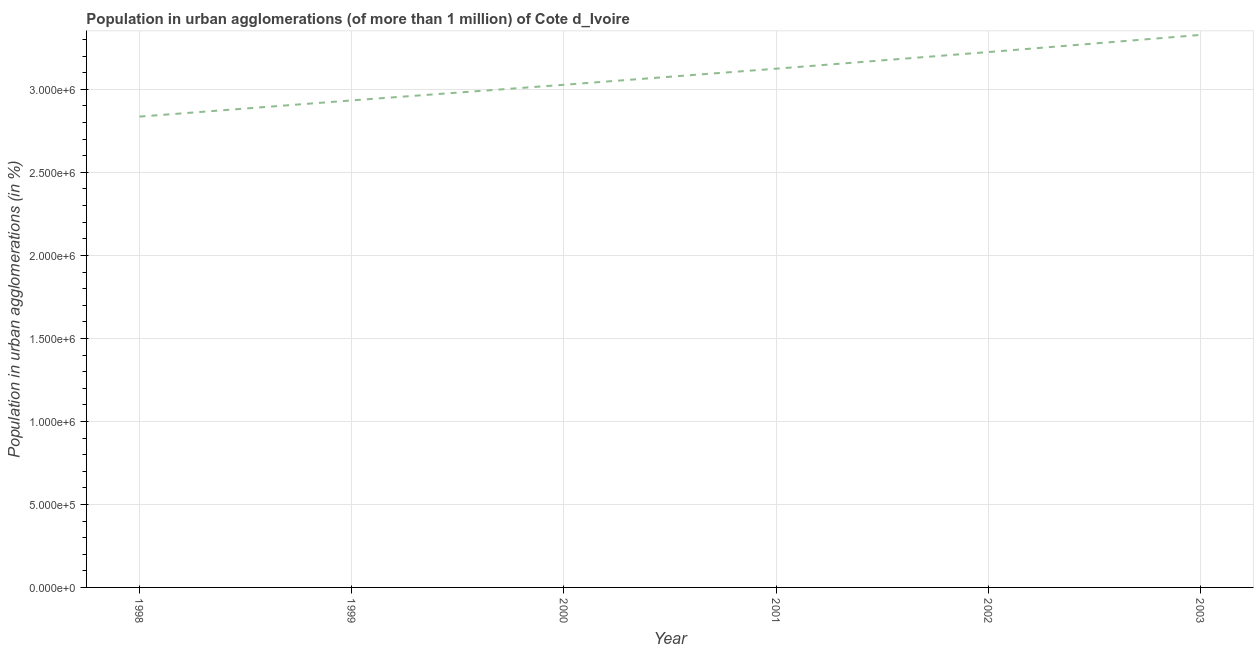
| Year | Population in urban agglomerations |
 | --- | --- |
 | 1998 | 2.84e+06 |
 | 1999 | 2.93e+06 |
 | 2000 | 3.03e+06 |
 | 2001 | 3.12e+06 |
 | 2002 | 3.22e+06 |
 | 2003 | 3.33e+06 |